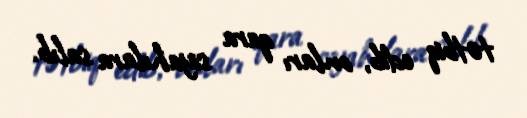
tətbiq edib, onları qara siyahılara salıb.